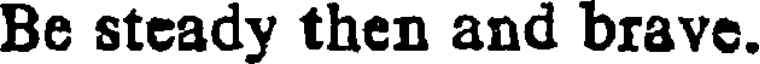
Be steady then and brave.